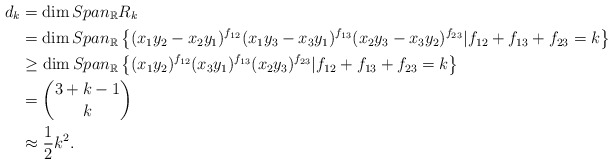
\begin{align*}d_k&=\dim Span_{\mathbb{R}}R_{k}\\&=\dim Span_{\mathbb{R}}\left\{ ({x_1 y_{2}}-x_{2}y_{1})^{f_{12}}(x_1y_3-x_3y_1)^{f_{13}}(x_2y_3-x_3y_2)^{f_{23}}|f_{12}+f_{13}+f_{23}=k\right\}\\&\geq \dim Span_{\mathbb{R}}\left\{({x_1 y_{2}})^{f_{12}}(x_3y_1)^{f_{13}}(x_2y_3)^{f_{23}}|f_{12}+f_{13}+f_{23}=k \right\}\\&={3+k-1 \choose k}\\&\approx\frac{1}{2}k^2.\end{align*}